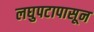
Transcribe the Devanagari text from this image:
लघुपटापासून